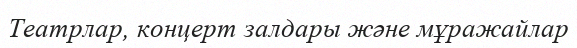
Театрлар, концерт залдары және мұражайлар